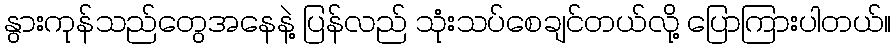
နွားကုန်သည်တွေအနေနဲ့ ပြန်လည် သုံးသပ်စေချင်တယ်လို့ ပြောကြားပါတယ်။